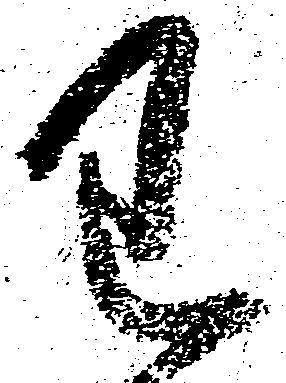
わ